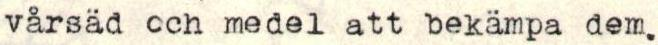
vårsäd och medel att bekämpa dem.